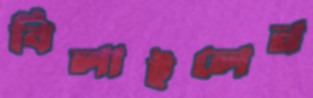
বিলাইলেন